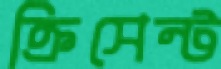
ক্রিসেন্ট